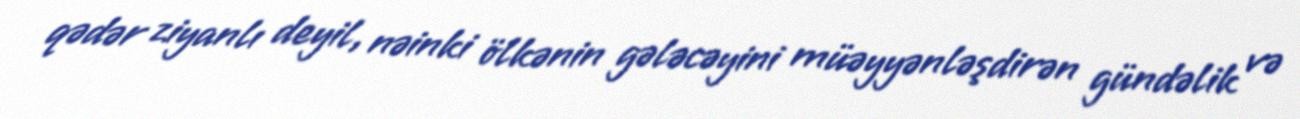
qədər ziyanlı deyil, nəinki ölkənin gələcəyini müəyyənləşdirən gündəlik və